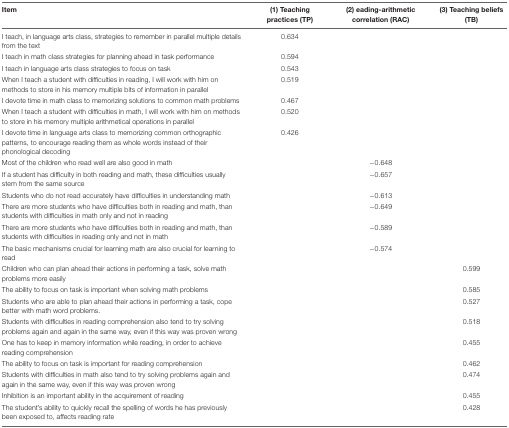
<table><thead><tr><td><b>Item</b></td><td><b>(1) Teaching practices (TP)</b></td><td><b>(2) eading-arithmetic correlation (RAC)</b></td><td><b>(3) Teaching beliefs (TB)</b></td></tr></thead><tbody><tr><td>I teach, in language arts class, strategies to remember in parallel multiple details from the text</td><td>0.634</td><td></td><td></td></tr><tr><td>I teach in math class strategies for planning ahead in task performance</td><td>0.594</td><td></td><td></td></tr><tr><td>I teach in language arts class strategies to focus on task</td><td>0.543</td><td></td><td></td></tr><tr><td>When I teach a student with difficulties in reading, I will work with him on methods to store in his memory multiple bits of information in parallel</td><td>0.519</td><td></td><td></td></tr><tr><td>I devote time in math class to memorizing solutions to common math problems</td><td>0.467</td><td></td><td></td></tr><tr><td>When I teach a student with difficulties in math, I will work with him on methods to store in his memory multiple arithmetical operations in parallel</td><td>0.520</td><td></td><td></td></tr><tr><td>I devote time in language arts class to memorizing common orthographic patterns, to encourage reading them as whole words instead of their phonological decoding</td><td>0.426</td><td></td><td></td></tr><tr><td>Most of the children who read well are also good in math</td><td></td><td>-0.648</td><td></td></tr><tr><td>If a student has difficulty in both reading and math, these difficulties usually stem from the same source</td><td></td><td>-0.657</td><td></td></tr><tr><td>Students who do not read accurately have difficulties in understanding math</td><td></td><td>-0.613</td><td></td></tr><tr><td>There are more students who have difficulties both in reading and math, than students with difficulties in math only and not in reading</td><td></td><td>-0.649</td><td></td></tr><tr><td>There are more students who have difficulties both in reading and math, than students with difficulties in reading only and not in math</td><td></td><td>-0.589</td><td></td></tr><tr><td>The basic mechanisms crucial for learning math are also crucial for learning to read</td><td></td><td>-0.574</td><td></td></tr><tr><td>Children who can plan ahead their actions in performing a task, solve math problems more easily</td><td></td><td></td><td>0.599</td></tr><tr><td>The ability to focus on task is important when solving math problems</td><td></td><td></td><td>0.585</td></tr><tr><td>Students who are able to plan ahead their actions in performing a task, cope better with math word problems.</td><td></td><td></td><td>0.527</td></tr><tr><td>Students with difficulties in reading comprehension also tend to try solving problems again and again in the same way, even if this way was proven wrong</td><td></td><td></td><td>0.518</td></tr><tr><td>One has to keep in memory information while reading, in order to achieve reading comprehension</td><td></td><td></td><td>0.455</td></tr><tr><td>The ability to focus on task is important for reading comprehension</td><td></td><td></td><td>0.462</td></tr><tr><td>Students with difficulties in math also tend to try solving problems again and again in the same way, even if this way was proven wrong</td><td></td><td></td><td>0.474</td></tr><tr><td>Inhibition is an important ability in the acquirement of reading</td><td></td><td></td><td>0.455</td></tr><tr><td>The student’s ability to quickly recall the spelling of words he has previously been exposed to, affects reading rate</td><td></td><td></td><td>0.428</td></tr></tbody></table>